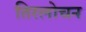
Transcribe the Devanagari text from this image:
तिरलोचन